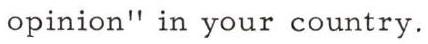
opinion" in your country.